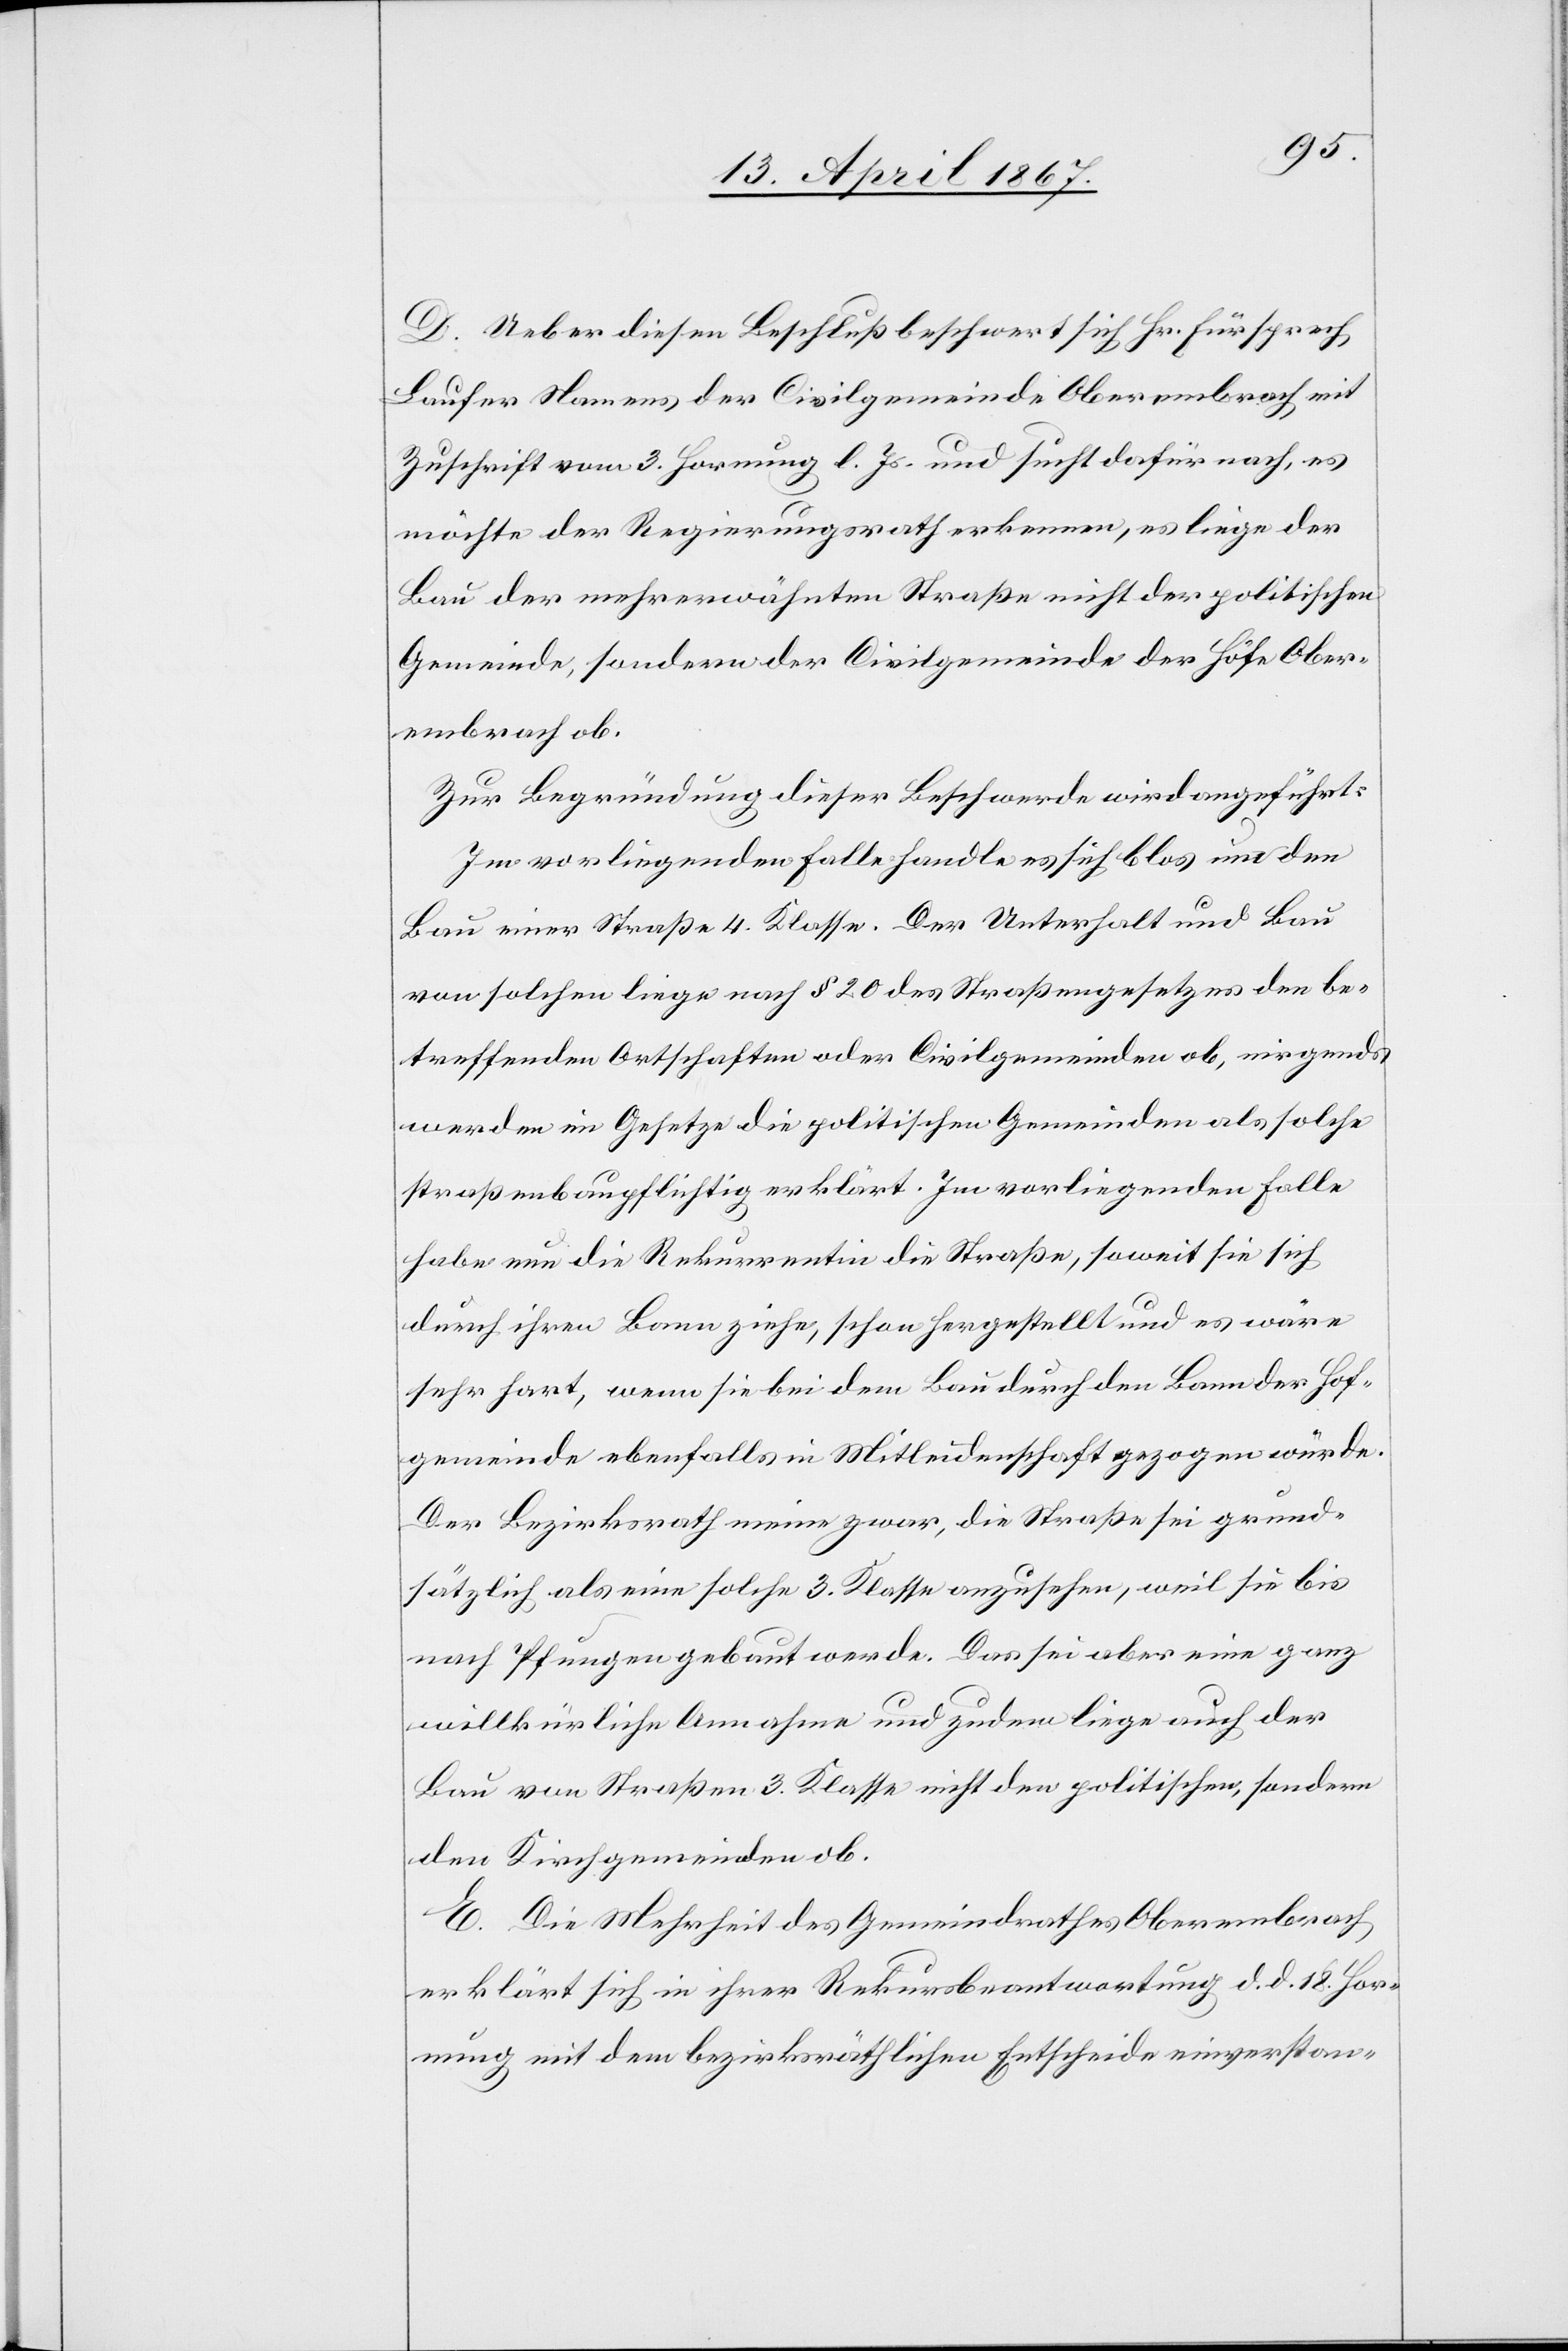
D. Ueber diesen Beschluß beschwert sich Hr. Fürsprech
Laufer Namens der Civilgemeinde Oberembrach mit
Zuschrift vom 3. Hornung l. Js. und sucht dafür nach, es
möchte der Regierungsrath erkennen, es liege der
Bau der mehrerwähnten Straße nicht der politischen
Gemeinde, sondern der Civilgemeinde der Höfe Ober¬
embrach ob.
Zur Begründung dieser Beschwerde wird angeführt:
Im vorliegenden Falle handle es sich blos um den
Bau einer Straße 4. Klasse. Der Unterhalt und Bau
von solchen liege nach § 20 des Straßengesetzes den be¬
treffenden Ortschaften oder Civilgemeinden ob, nirgends
werden im Gesetze die politischen Gemeinden als solche
straßenbaupflichtig erklärt. Im vorliegenden Falle
habe nun die Rekurrentin die Straße, soweit sie sich
durch ihren Bann ziehe, schon hergestellt und es wäre
sehr hart, wenn sie bei dem Bau durch den Bann der Hof¬
gemeinde ebenfalls in Mitleidenschaft gezogen würde.
Der Bezirksrath meine zwar, die Straße sei grund¬
sätzlich als eine solche 3. Klasse anzusehen, weil sie bis
nach Pfungen gebaut werde. Das sei aber eine ganz
willkürliche Annahme und zudem liege auch der
Bau von Straßen 3. Klasse nicht den politischen, sondern
den Kirchgemeinden ob.
E. Die Mehrheit des Gemeindrathes Oberembrach
erklärt sich in ihrer Rekursbeantwortung d. d. 18. Hor¬
nung mit dem bezirksräthlichen Entscheide einverstan-